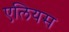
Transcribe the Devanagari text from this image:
एलियस